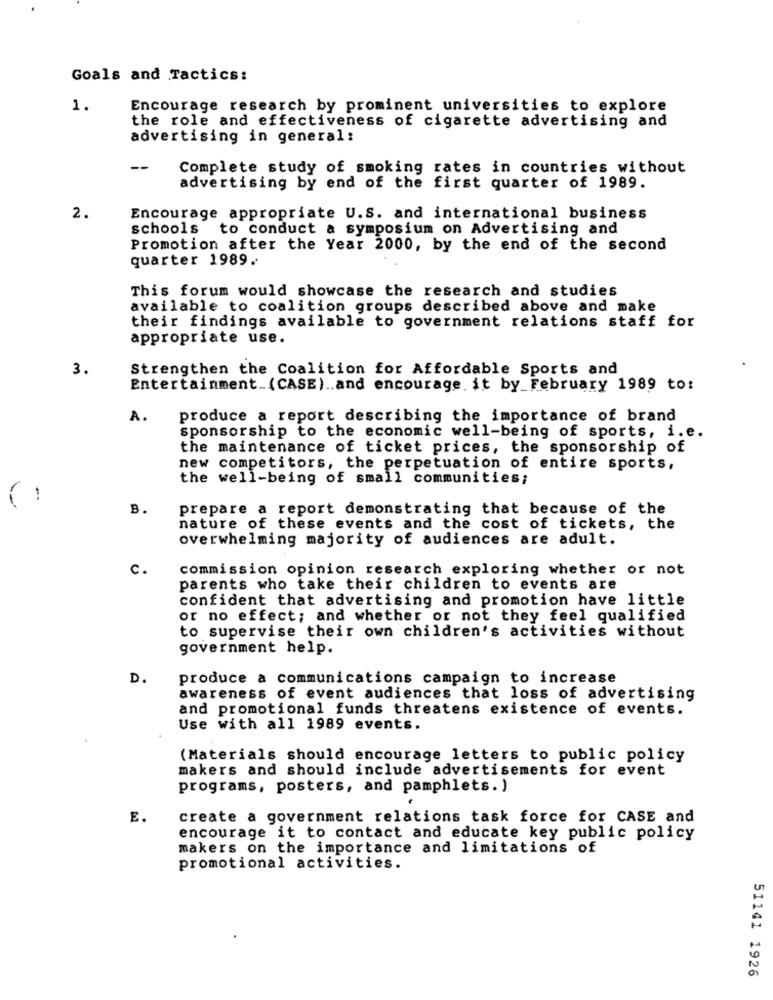
Goals and Tactics:
1.
Encourage research by prominent universities to explore
the role and effectiveness of cigarette advertising and
advertising in general:
--
Complete study of smoking rates in countries without
advertising by end of the first quarter of 1989.
2.
Encourage appropriate U.S. and international business
schools
to conduct a symposium on Advertising and
Promotion after the Year 2000, by the end of the second
quarter 1989.
This forum would showcase the research and studies
available to coalition groups described above and make
their findings available to government relations staff for
appropriate use.
3.
Strengthen the Coalition for Affordable Sports and
Entertainment (CASE) .. and encourage it by_February 1989 to:
A.
produce a report describing the importance of brand
sponsorship to the economic well-being of sports, i.e.
the maintenance of ticket prices, the sponsorship of
new competitors, the perpetuation of entire sports,
the well-being of small communities;
-
B.
prepare a report demonstrating that because of the
nature of these events and the cost of tickets, the
overwhelming majority of audiences are adult.
c.
commission opinion research exploring whether or not
parents who take their children to events are
confident that advertising and promotion have little
or no effect; and whether or not they feel qualified
to supervise their own children's activities without
government help.
D.
produce a communications campaign to increase
awareness of event audiences that loss of advertising
and promotional funds threatens existence of events.
Use with all 1989 events.
(Materials should encourage letters to public policy
makers and should include advertisements for event
programs, posters, and pamphlets. )
E.
create a government relations task force for CASE and
encourage it to contact and educate key public policy
makers on the importance and limitations of
promotional activities.
51141 1926